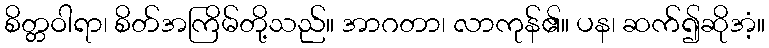
စိတ္တဝါရာ၊ စိတ်အကြိမ်တို့သည်။ အာဂတာ၊ လာကုန်၏။ ပန၊ ဆက်၍ဆိုအံ့။